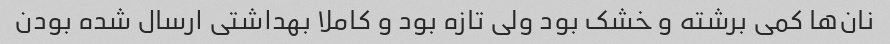
نان‌ها کمی برشته و خشک بود ولی تازه بود و کاملا بهداشتی ارسال شده بودن